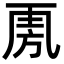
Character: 𣃪